Vaccination in Bombay 1902-1912 - 1902-1912
Year: 1902
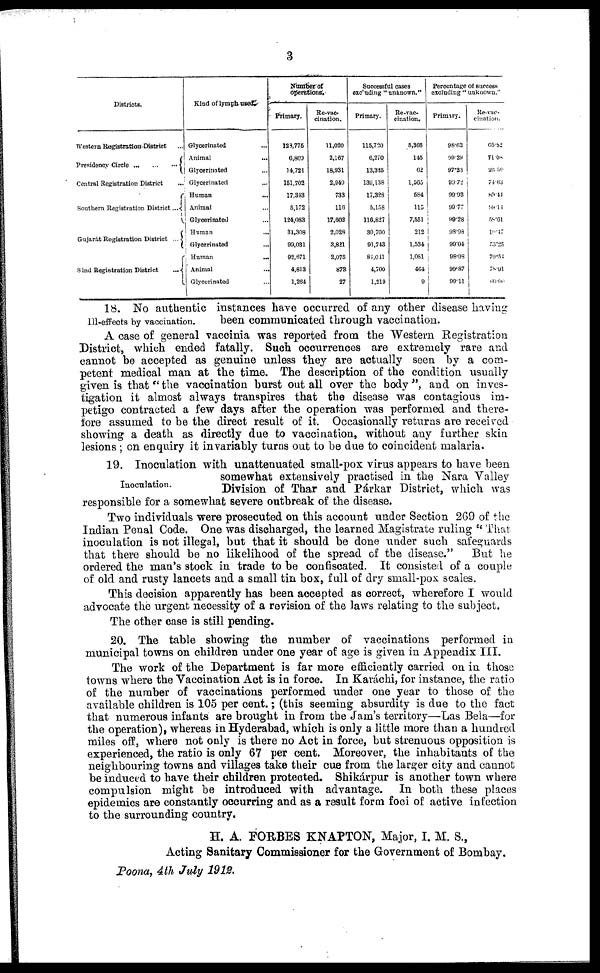
3
Districts.
Western Registration District ...
Presidency Circle
...
...
...
Central Registration District ...
Southern Registration District ...
Gujarát Registration District ...
Sind Registration District
...
Kind of lymph used.
Glycerinated ...
Animal ...
Glycerinated ...
Glycerinated ...
Human ...
Animal ...
Glycerinated ...
Human ...
Glycerinated ...
Human
...
Animal
...
Glycerinated ...
Number of
Operations.
Primary.
128,775
6,800
14,721
151,702
17,343
5,172
124,083
31,308
99,031
92,671
4,813
1,264
Re-vac-
cination.
11,020
2,167
18,931
2,949
733
116
17,602
2,028
3,821
2,075
878
27
Successful cases
excluding "unknown."
Primary.
115,720
6,270
13,325
139,138
17,328
5,158
116,827
30,700
91,743
84,041
4,700
1,219
Re-vac-
cination.
5,366
145
62
1,565
584
115
7,551
212
1,534
1,081
464
9
Percentage of success
excluding " unknown."
Primary.
98.62
99.29
97.23
99.72
99.93
90.77
99.28
98.98
99.04
98.98
99.87
99.11
Re-vac-
cination.
05.82
71.08
26,50
74.63
80.44
99.14
58.61
10.47
53.25
79.54
78.91
60.00
Ill-effects by vaccination.
18. No authentic instances have occurred of any other disease having
been communicated through vaccination.
A case of general vaccinia was reported from the Western Registration
District, which ended fatally. Such occurrences are extremely rare and
cannot be accepted as genuine unless they are actually seen by a com-
petent medical man at the time. The description of the condition usually
given is that "the vaccination burst out all over the body", and on inves-
tigation it almost always transpires that the disease was contagious im-
petigo contracted a few days after the operation was performed and there-
fore assumed to be the direct result of it. Occasionally returns are received
showing a death as directly due to vaccination, without any further skin
lesions ; on enquiry it invariably turns out to be due to coincident malaria.
Inoculation.
19. Inoculation with unattenuated small-pox virus appears to have been
somewhat extensively practised in the Nara Valley
Division of Thar and Párkar District, which was
responsible for a somewhat severe outbreak of the disease.
Two individuals were prosecuted on this account under Section 269 of the
Indian Penal Code. One was discharged, the learned Magistrate ruling " That
inoculation is not illegal, but that it should be done under such safeguards
that there should be no likelihood of the spread of the disease."
But he
ordered the man's stock in trade to be confiscated. It consisted of a couple
of old and rusty lancets and a small tin box, full of dry small-pox scales.
This decision apparently has been accepted as correct, wherefore I would
advocate the urgent necessity of a revision of the laws relating to the subject.
The other case is still pending.
20. The table showing the number of vaccinations performed in
municipal towns on children under one year of age is given in Appendix III.
The work of the Department is far more efficiently carried on in those
towns where the Vaccination Act is in force. In Karáchi, for instance, the ratio
of the number of vaccinations performed under one year to those of the
available children is 105 per cent.; (this seeming absurdity is due to the fact
that numerous infants are brought in from the Jam's territory—Las Bela—for
the operation), whereas in Hyderabad, which is only a little more than a hundred
miles off, where not only is there no Act in force, but strenuous opposition is
experienced, the ratio is only 67 per cent. Moreover, the inhabitants of the
neighbouring towns and villages take their cue from the larger city and cannot
be induced to have their children protected. Shikárpur is another town where
compulsion might be introduced with advantage. In both these places
epidemics are constantly occurring and as a result form foci of active infection
to the surrounding country.
H. A. FORBES KNAPTON, Major, I. M. S.,
Acting Sanitary Commissioner for the Government of Bombay.
Poona, 4th July 1912.